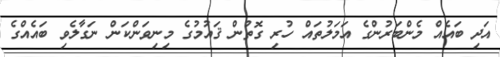
އަދި ބައެއް މެންބަރުންގެ އަމަލުތައް ހުރި ގޮތުން ޤައުމުގެ މިނިވަންކަން ނަގާލެވި ބައެއްގެ